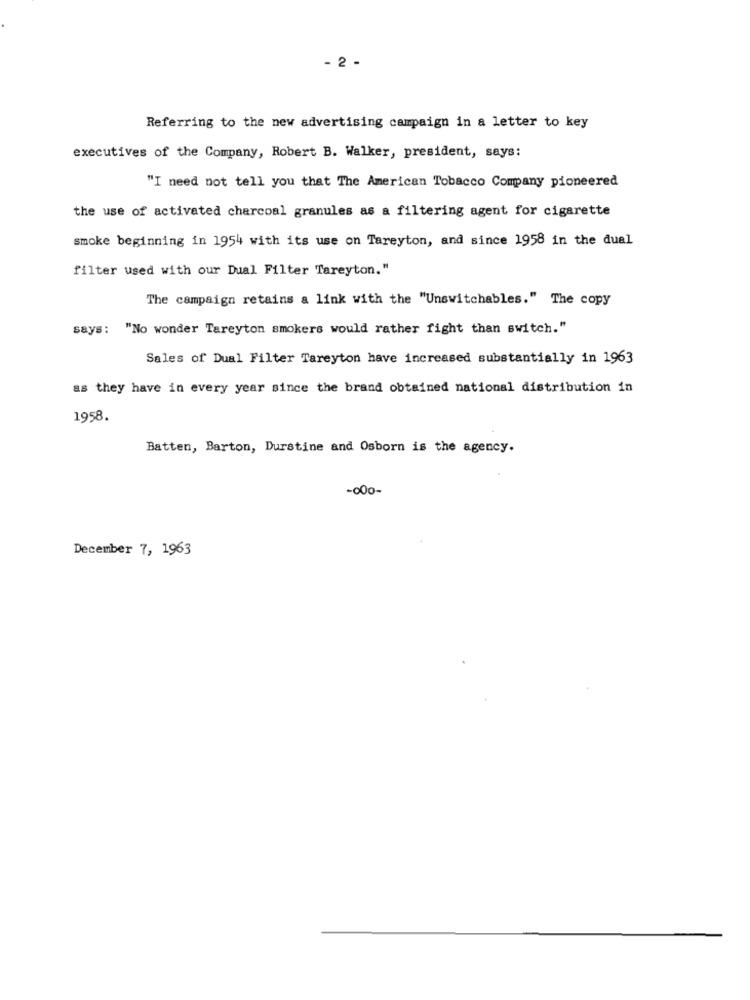
- 2 -
Referring to the new advertising campaign in a letter to key
executives of the Company, Robert B. Walker, president, says:
"I need not tell you that The American Tobacco Company pioneered
the use of activated charcoal granules as a filtering agent for cigarette
smoke beginning in 1954 with its use on Tareyton, and since 1958 in the dual
filter used with our Dual Filter Tareyton."
The campaign retains a link with the "Unswitchables." The copy
says: "No wonder Tareyton smokers would rather fight than switch."
Sales of Dual Filter Tareyton have increased substantially in 1963
as they have in every year since the brand obtained national distribution in
1958.
Batten, Barton, Durstine and Osborn is the agency.
-000-
December 7, 1963